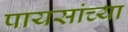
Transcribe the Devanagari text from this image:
पायसांच्या